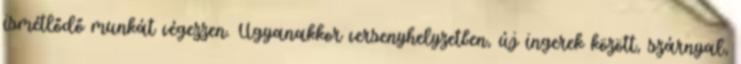
ismétlődő munkát végezzen. Ugyanakkor versenyhelyzetben, új ingerek között, szárnyal,